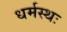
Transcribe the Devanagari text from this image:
धर्मस्थः